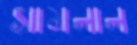
সামলাল